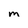
Character: m